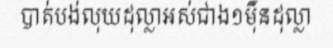
បាត់បង់លុយដុល្លាអស់ជាង១ម៉ឺនដុល្លា